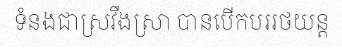
ទំនងជាស្រវឹងស្រា បានបើកបររថយន្ត